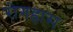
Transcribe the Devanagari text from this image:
रोगह्रास